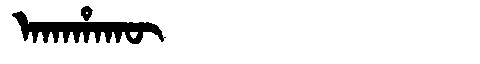
Manchu: ᠠᡴᠠᡥᠠᡴᡡ
Romanization: AKAHAKŪ